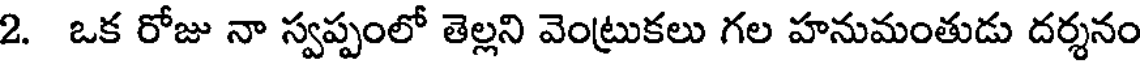
2. ఒక రోజు నా స్వప్పంలో తెల్లని వెంట్రుకలు గల హనుమంతుడు దర్శనం